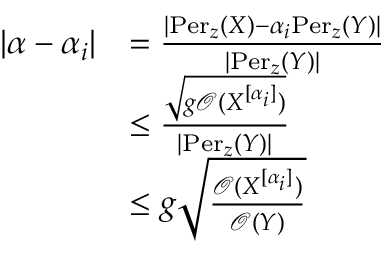
\begin{array} { r l } { | \alpha - \alpha _ { i } | } & { = \frac { | \mathrm { P e r } _ { z } ( X ) - \alpha _ { i } \mathrm { P e r } _ { z } ( Y ) | } { | \mathrm { P e r } _ { z } ( Y ) | } } \\ & { \leq \frac { \sqrt { g \mathcal { O } ( X ^ { [ \alpha _ { i } ] } ) } } { | \mathrm { P e r } _ { z } ( Y ) | } } \\ & { \leq g \sqrt { \frac { \mathcal { O } ( X ^ { [ \alpha _ { i } ] } ) } { \mathcal { O } ( Y ) } } } \end{array}